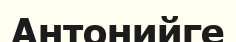
Антонийге